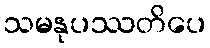
သမနုပဿတိပေ